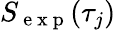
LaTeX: S_{\mathrm{~e~x~p~}}(\tau_{j})